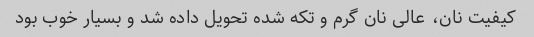
کیفیت نان، عالی نان گرم و تکه شده تحویل داده شد و بسیار خوب بود